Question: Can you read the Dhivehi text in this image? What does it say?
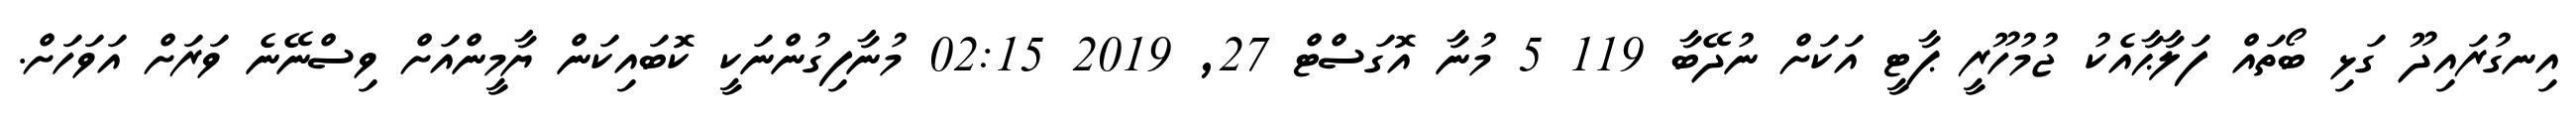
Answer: އިނގުރައިދޫ ގަޅި ބޯތައް ފަލާޙާއެކު ޖުމުހޫރީ ޕާޓީ އަކަށް ނުދޭބާ 119 5 މުނާ އޮގަސްޓް 27, 2019 02:15 މުނާފިގުންނަކީ ކޮބައިކަން ޔާމީންއަށް ވިސްނޭނެ ވަރަށް އަވަހަށް.